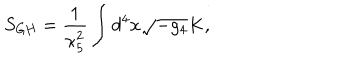
S _ { \mathrm { G H } } = \frac { 1 } { \kappa _ { 5 } ^ { 2 } } \int d ^ { 4 } x \sqrt { - g _ { 4 } } K ,